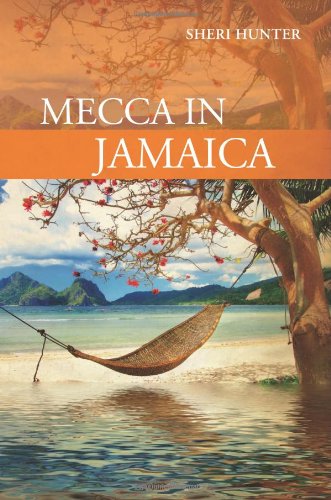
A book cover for Mecca in Jamaica; Sheri Hunter; Travel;